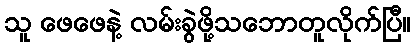
သူ ဖေဖေနဲ့ လမ်းခွဲဖို့သဘောတူလိုက်ပြီ။